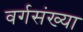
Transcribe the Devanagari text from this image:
वर्गसंख्या